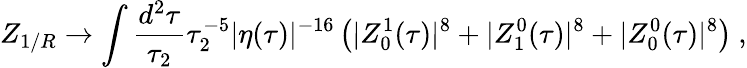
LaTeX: Z_{1/R}\to\int\frac{d^{2}\tau}{\tau_{2}}\tau_{2}^{-5}|\eta(\tau)|^{-16}\left(|Z_{0}^{1}(\tau)|^{8}+|Z_{1}^{0}(\tau)|^{8}+|Z_{0}^{0}(\tau)|^{8}\right)\ ,